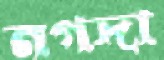
নগদা